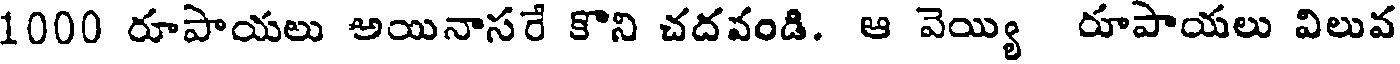
1000 రూపాయలు అయినాసరే కొని చదవండి. ఆ వెయ్యి రూపాయలు విలువ